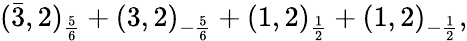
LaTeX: (\bar{3},2)_{\frac{5}{6}}+(3,2)_{-\frac{5}{6}}+(1,2)_{\frac{1}{2}}+(1,2)_{-\frac{1}{2}},